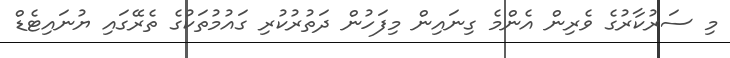
މި ސަރުކާރުގެ ވެރިން އެންމެ ގިނައިން މިފަހުން ދަތުރުކުރި ގައުމުތަކުގެ ތެރޭގައި ޔުނައިޓެޑް